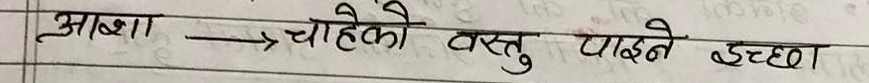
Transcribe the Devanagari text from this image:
आशा → चाहेको वस्तु पाउने इच्छा